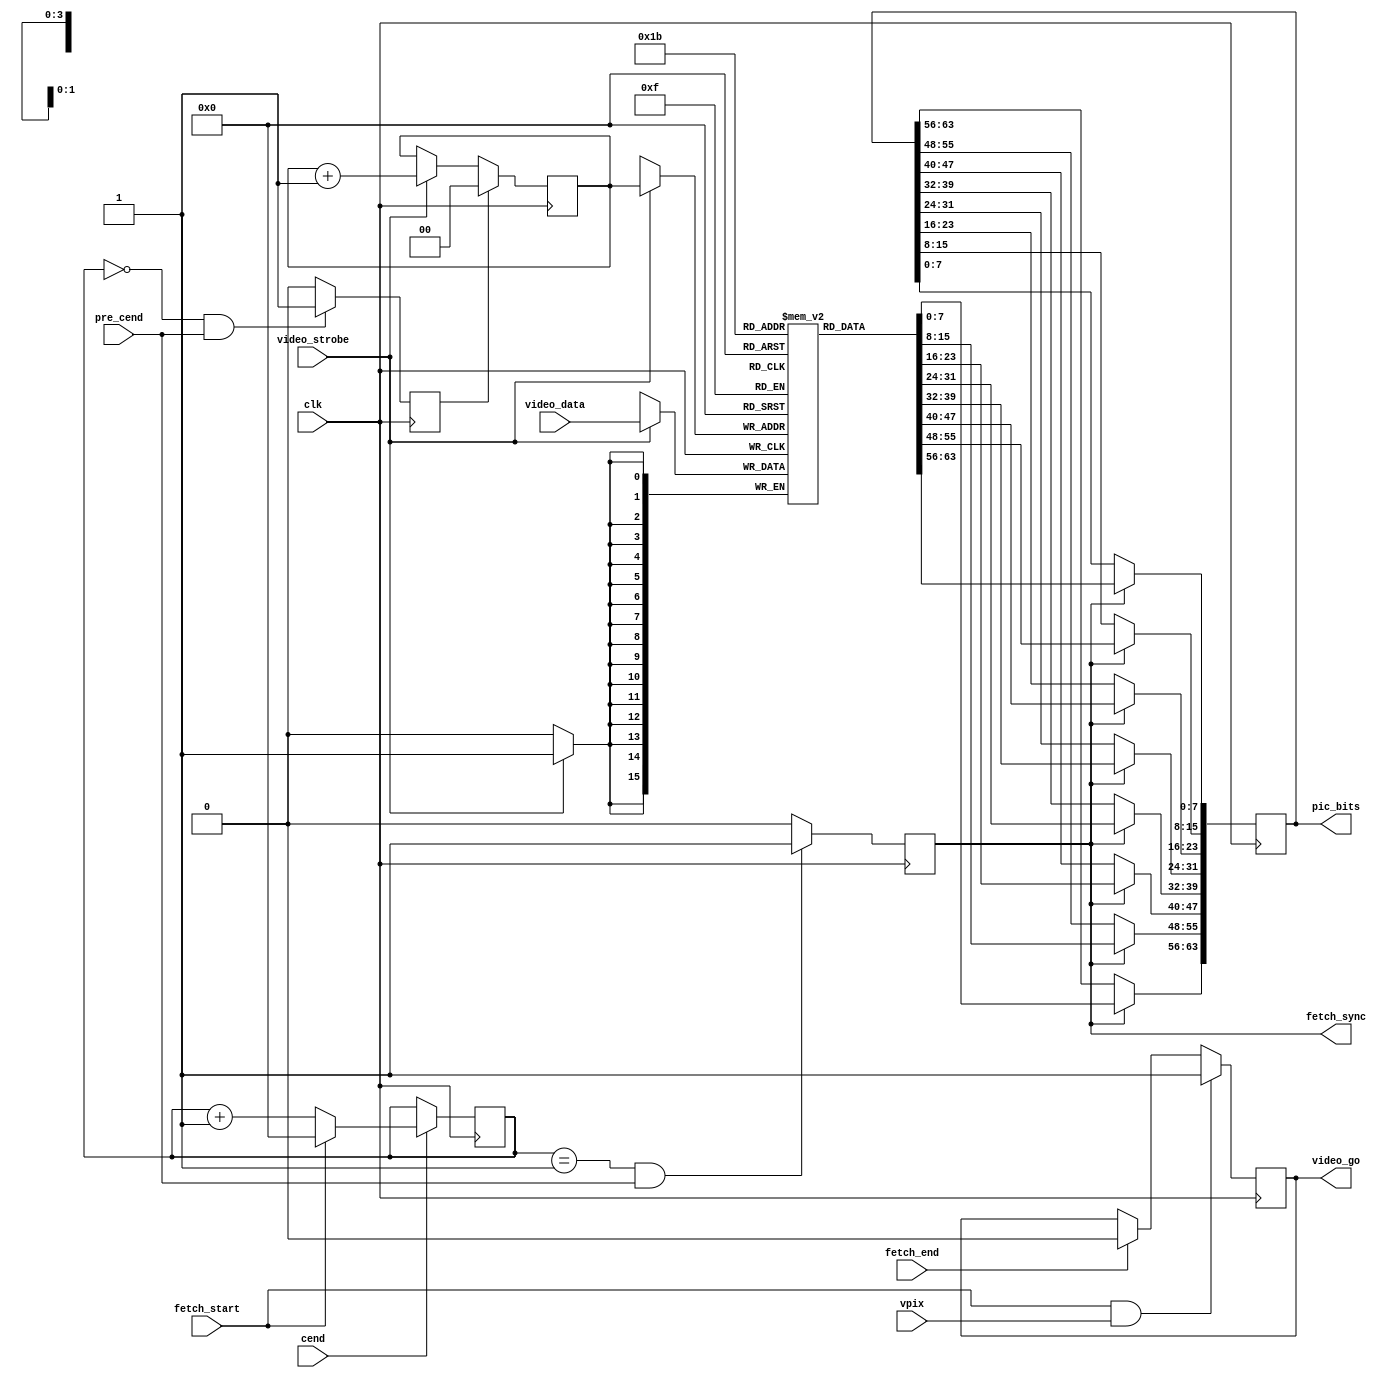
module video_fetch(

	input  wire        clk, // 28 MHz clock


	input  wire        cend,     // general
	input  wire        pre_cend, //        synchronization

	input  wire        vpix, // vertical window

	input  wire        fetch_start, // fetching start and stop
	input  wire        fetch_end,   //

	output reg         fetch_sync,     // 1 cycle after cend


	input  wire [15:0] video_data,   // video data receiving from dram arbiter
	input  wire        video_strobe, //
	output reg         video_go, // indicates need for data

	output reg  [63:0] pic_bits // picture bits -- data for renderer

	// currently, video_fetch assigns that there are only 1/8 and 1/4
	// bandwidth. !!needs correction for higher bandwidths!!


);
	reg [3:0] fetch_sync_ctr; // generates fetch_sync to synchronize
	                          // fetch cycles (each 16 dram cycles long)
	                          // fetch_sync coincides with cend

	reg [1:0] fetch_ptr; // pointer to fill pic_bits buffer
	reg       fetch_ptr_clr; // clears fetch_ptr


	reg [15:0] fetch_data [0:3]; // stores data fetched from memory

	// fetch window
	always @(posedge clk)
		if( fetch_start && vpix )
			video_go <= 1'b1;
		else if( fetch_end )
			video_go <= 1'b0;



	// fetch sync counter
	always @(posedge clk) if( cend )
	begin
		if( fetch_start )
			fetch_sync_ctr <= 0;
		else
			fetch_sync_ctr <= fetch_sync_ctr + 1;
	end


	// fetch sync signal
	always @(posedge clk)
		if( (fetch_sync_ctr==1) && pre_cend )
			fetch_sync <= 1'b1;
		else
			fetch_sync <= 1'b0;



	// fetch_ptr clear signal
	always @(posedge clk)
		if( (fetch_sync_ctr==0) && pre_cend )
			fetch_ptr_clr <= 1'b1;
		else
			fetch_ptr_clr <= 1'b0;


	// buffer fill pointer
	always @(posedge clk)
		if( fetch_ptr_clr )
			fetch_ptr <= 0;
		else if( video_strobe )
			fetch_ptr <= fetch_ptr + 1;



	// store fetched data
	always @(posedge clk) if( video_strobe )
		fetch_data[fetch_ptr] <= video_data;


	// pass fetched data to renderer
	always @(posedge clk) if( fetch_sync )
	begin
		pic_bits[ 7:0 ] <= fetch_data[0][15:8 ];
		pic_bits[15:8 ] <= fetch_data[0][ 7:0 ];
		pic_bits[23:16] <= fetch_data[1][15:8 ];
		pic_bits[31:24] <= fetch_data[1][ 7:0 ];
		pic_bits[39:32] <= fetch_data[2][15:8 ];
		pic_bits[47:40] <= fetch_data[2][ 7:0 ];
		pic_bits[55:48] <= fetch_data[3][15:8 ];
		pic_bits[63:56] <= fetch_data[3][ 7:0 ];
	end

endmodule